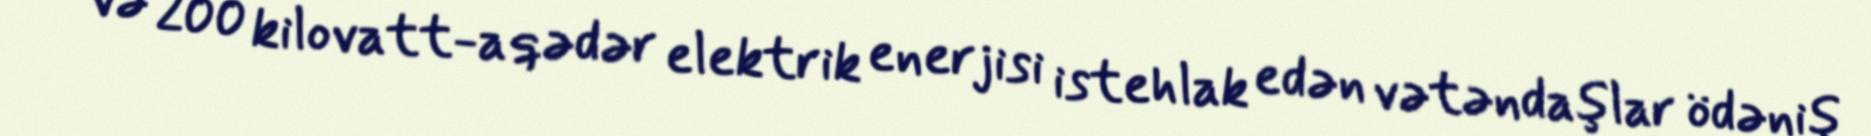
və 200 kilovatt-a qədər elektrik enerjisi istehlak edən vətəndaşlar ödəniş